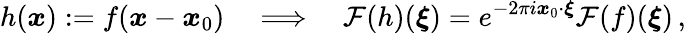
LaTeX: h(\boldsymbol{x}):=f(\boldsymbol{x}-\boldsymbol{x}_{0})\quad\Longrightarrow\quad\mathcal{F}(h)(\boldsymbol{\xi})=e^{-2\pi i\boldsymbol{x}_{0}\cdot\boldsymbol{\xi}}\mathcal{F}(f)(\boldsymbol{\xi})\, ,